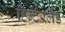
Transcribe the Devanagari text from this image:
हिन्टरलैंड